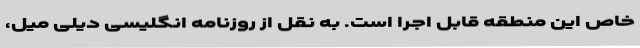
خاص این منطقه قابل اجرا است. به نقل از روزنامه انگلیسی دیلی میل،